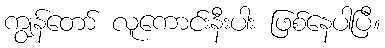
ကျွန်တော် လူကောင်းနီးပါး ဖြစ်နေပါပြီ။